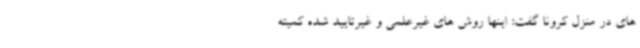
های در منزل کرونا گفت: اینها روش های غیرعلمی و غیرتایید شده کمیته